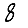
Digit: 8